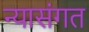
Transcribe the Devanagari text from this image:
न्यासंगत